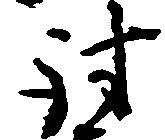
討